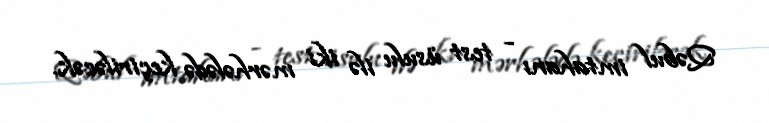
Qəbul imtahanı - test üsulu ilə iki mərhələdə keçiriləcək.